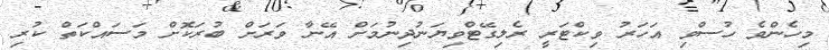
މިހެންވެ ހުސްވި އަހަރު ވިކްޓަރީ ރެލިގޭޓްވިޔަނުދިނުމަށް އޭނާ ވަރަށް ބުރަކޮށް މަސައްކަތް ކުރި